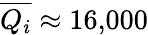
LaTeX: \overline{{Q_{i}}}\approx 16{,}000